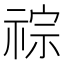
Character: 𥚎